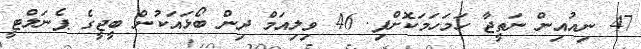
47 ނިއުއިން ނަތީޖާ ހަމަހަމަކޮށްފި. 46 ވިލިއަމް ދިން ބޯޅައަކުން ބީޖީގެ ޕެނަލްޓީ